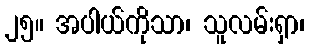
၂၅။ အပါယ်ကိုသာ၊ သူလမ်းရှာ၊